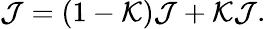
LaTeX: \mathcal{J}=\left(1-\mathcal{K}\right)\mathcal{J}+\mathcal{K}\mathcal{J}.